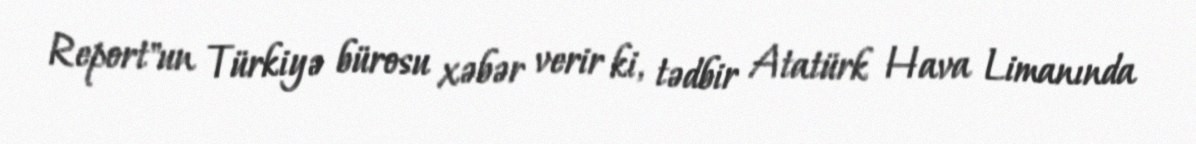
Report"un Türkiyə bürosu xəbər verir ki, tədbir Atatürk Hava Limanında